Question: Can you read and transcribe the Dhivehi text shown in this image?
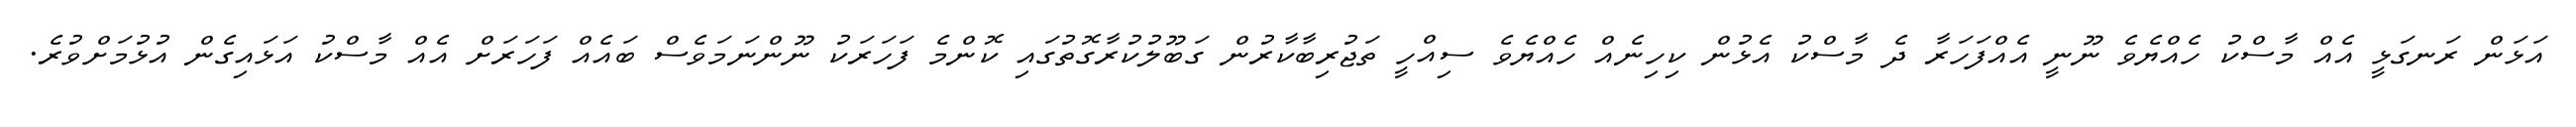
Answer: އަޅަން ރަނގަޅީ އެއް މާސްކު ހެއްޔެވެ ނޫނީ އެއްފަހަރާ ދެ މާސްކު އެޅުން ކިހިނެއް ހެއްޔެވެ ސިއްހީ ތަޖުރިބާކާރުން ގަބޫލުކުރާގޮތުގައި ކޮންމެ ފަހަރަކު ނޫންނަމަވެސް ބައެއް ފަހަރަށް އެއް މާސްކު އަޅައިގެން އުޅުމަށްވުރެ.